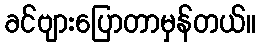
ခင်ဗျားပြောတာမှန်တယ်။